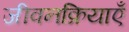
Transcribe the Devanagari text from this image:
जीवनक्रियाएँ